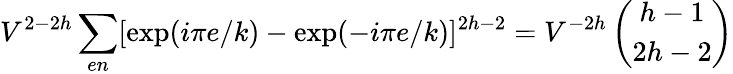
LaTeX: V^{2-2h}\sum_{en}[\mathrm{exp}(i\pi e/k)-\mathrm{exp}(-i\pi e/k)]^{2h-2}=V^{-2h}\left(\begin{array}{c}{{h-1}}\\ {{2h-2}}\end{array}\right)